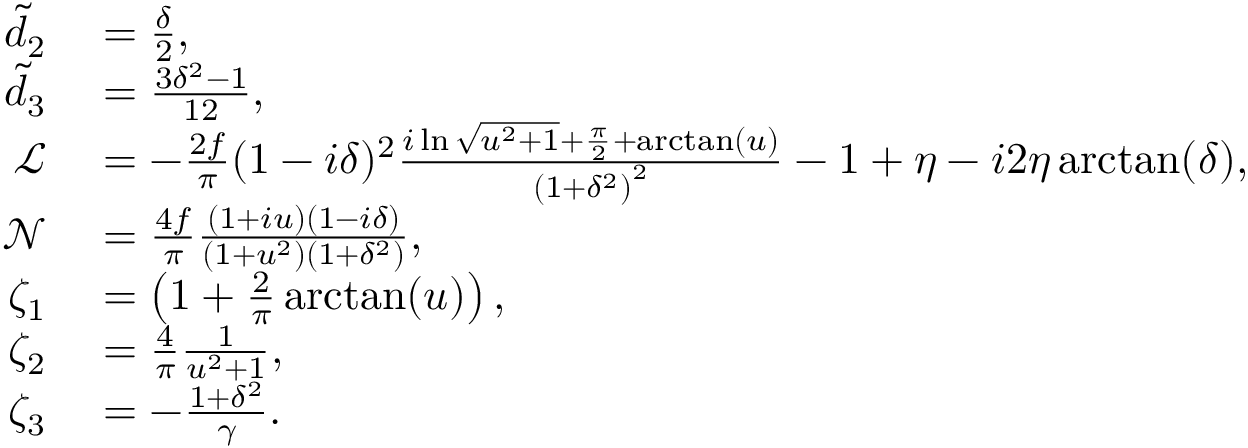
\begin{array} { r l } { \tilde { d } _ { 2 } } & { { } = \frac { \delta } { 2 } , } \\ { \tilde { d } _ { 3 } } & { { } = \frac { 3 \delta ^ { 2 } - 1 } { 1 2 } , } \\ { \mathcal { L } } & { { } = - \frac { 2 f } { \pi } ( 1 - i \delta ) ^ { 2 } \frac { i \ln \sqrt { u ^ { 2 } + 1 } + \frac { \pi } { 2 } + \arctan ( u ) } { \left( 1 + \delta ^ { 2 } \right) ^ { 2 } } - 1 + \eta - i 2 \eta \arctan ( \delta ) , } \\ { \mathcal { N } } & { { } = \frac { 4 f } { \pi } \frac { ( 1 + i u ) ( 1 - i \delta ) } { ( 1 + u ^ { 2 } ) ( 1 + \delta ^ { 2 } ) } , } \\ { \zeta _ { 1 } } & { { } = \left( 1 + \frac { 2 } { \pi } \arctan ( u ) \right) , } \\ { \zeta _ { 2 } } & { { } = \frac { 4 } { \pi } \frac { 1 } { u ^ { 2 } + 1 } , } \\ { \zeta _ { 3 } } & { { } = - \frac { 1 + \delta ^ { 2 } } { \gamma } . } \end{array}